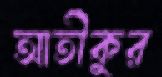
আতীকুর